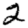
Digit: 2